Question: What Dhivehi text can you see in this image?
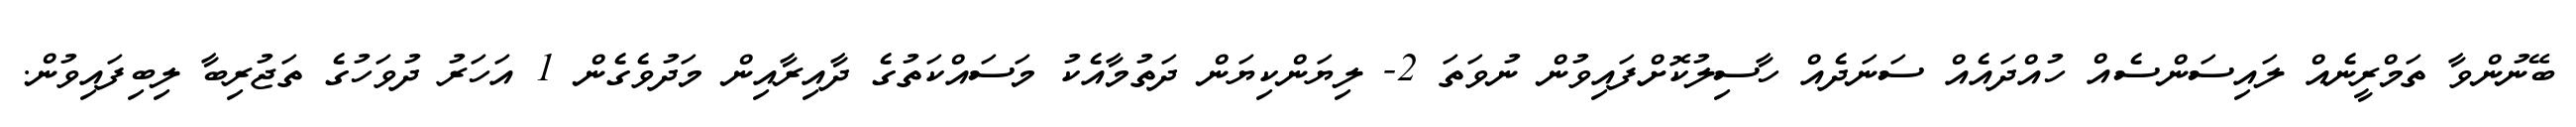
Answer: ބޭނުންވާ ތަމްރީނެއް ލައިސަންސެއް ހުއްދައެއް ސަނަދެއް ހާސިލުކޮށްފައިވުން ނުވަތަ 2- ލިޔަންކިޔަން ދަތުމާއެކު މަސައްކަތުގެ ދާއިރާއިން މަދުވެގެން 1 އަހަރު ދުވަހުގެ ތަޖުރިބާ ލިބިފައިވުން.